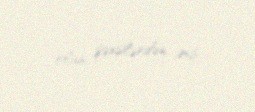
olan şəxslərdən imiş.